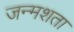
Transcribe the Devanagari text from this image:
जन्मशता